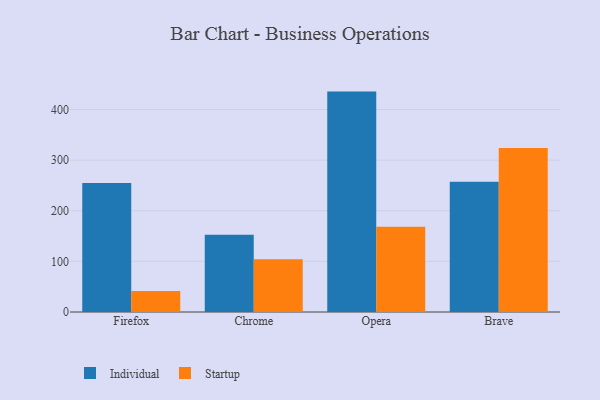
{"axis": {"x": "Browser", "y": "Headcount"}, "legend": ["Individual", "Startup"], "data": [{"x": "Firefox", "y": 254.6, "type": "Individual"}, {"x": "Firefox", "y": 41.5, "type": "Startup"}, {"x": "Chrome", "y": 152.7, "type": "Individual"}, {"x": "Chrome", "y": 104.4, "type": "Startup"}, {"x": "Opera", "y": 435.3, "type": "Individual"}, {"x": "Opera", "y": 168.4, "type": "Startup"}, {"x": "Brave", "y": 257.4, "type": "Individual"}, {"x": "Brave", "y": 323.9, "type": "Startup"}]}